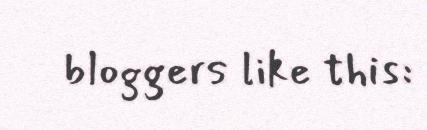
bloggers like this: